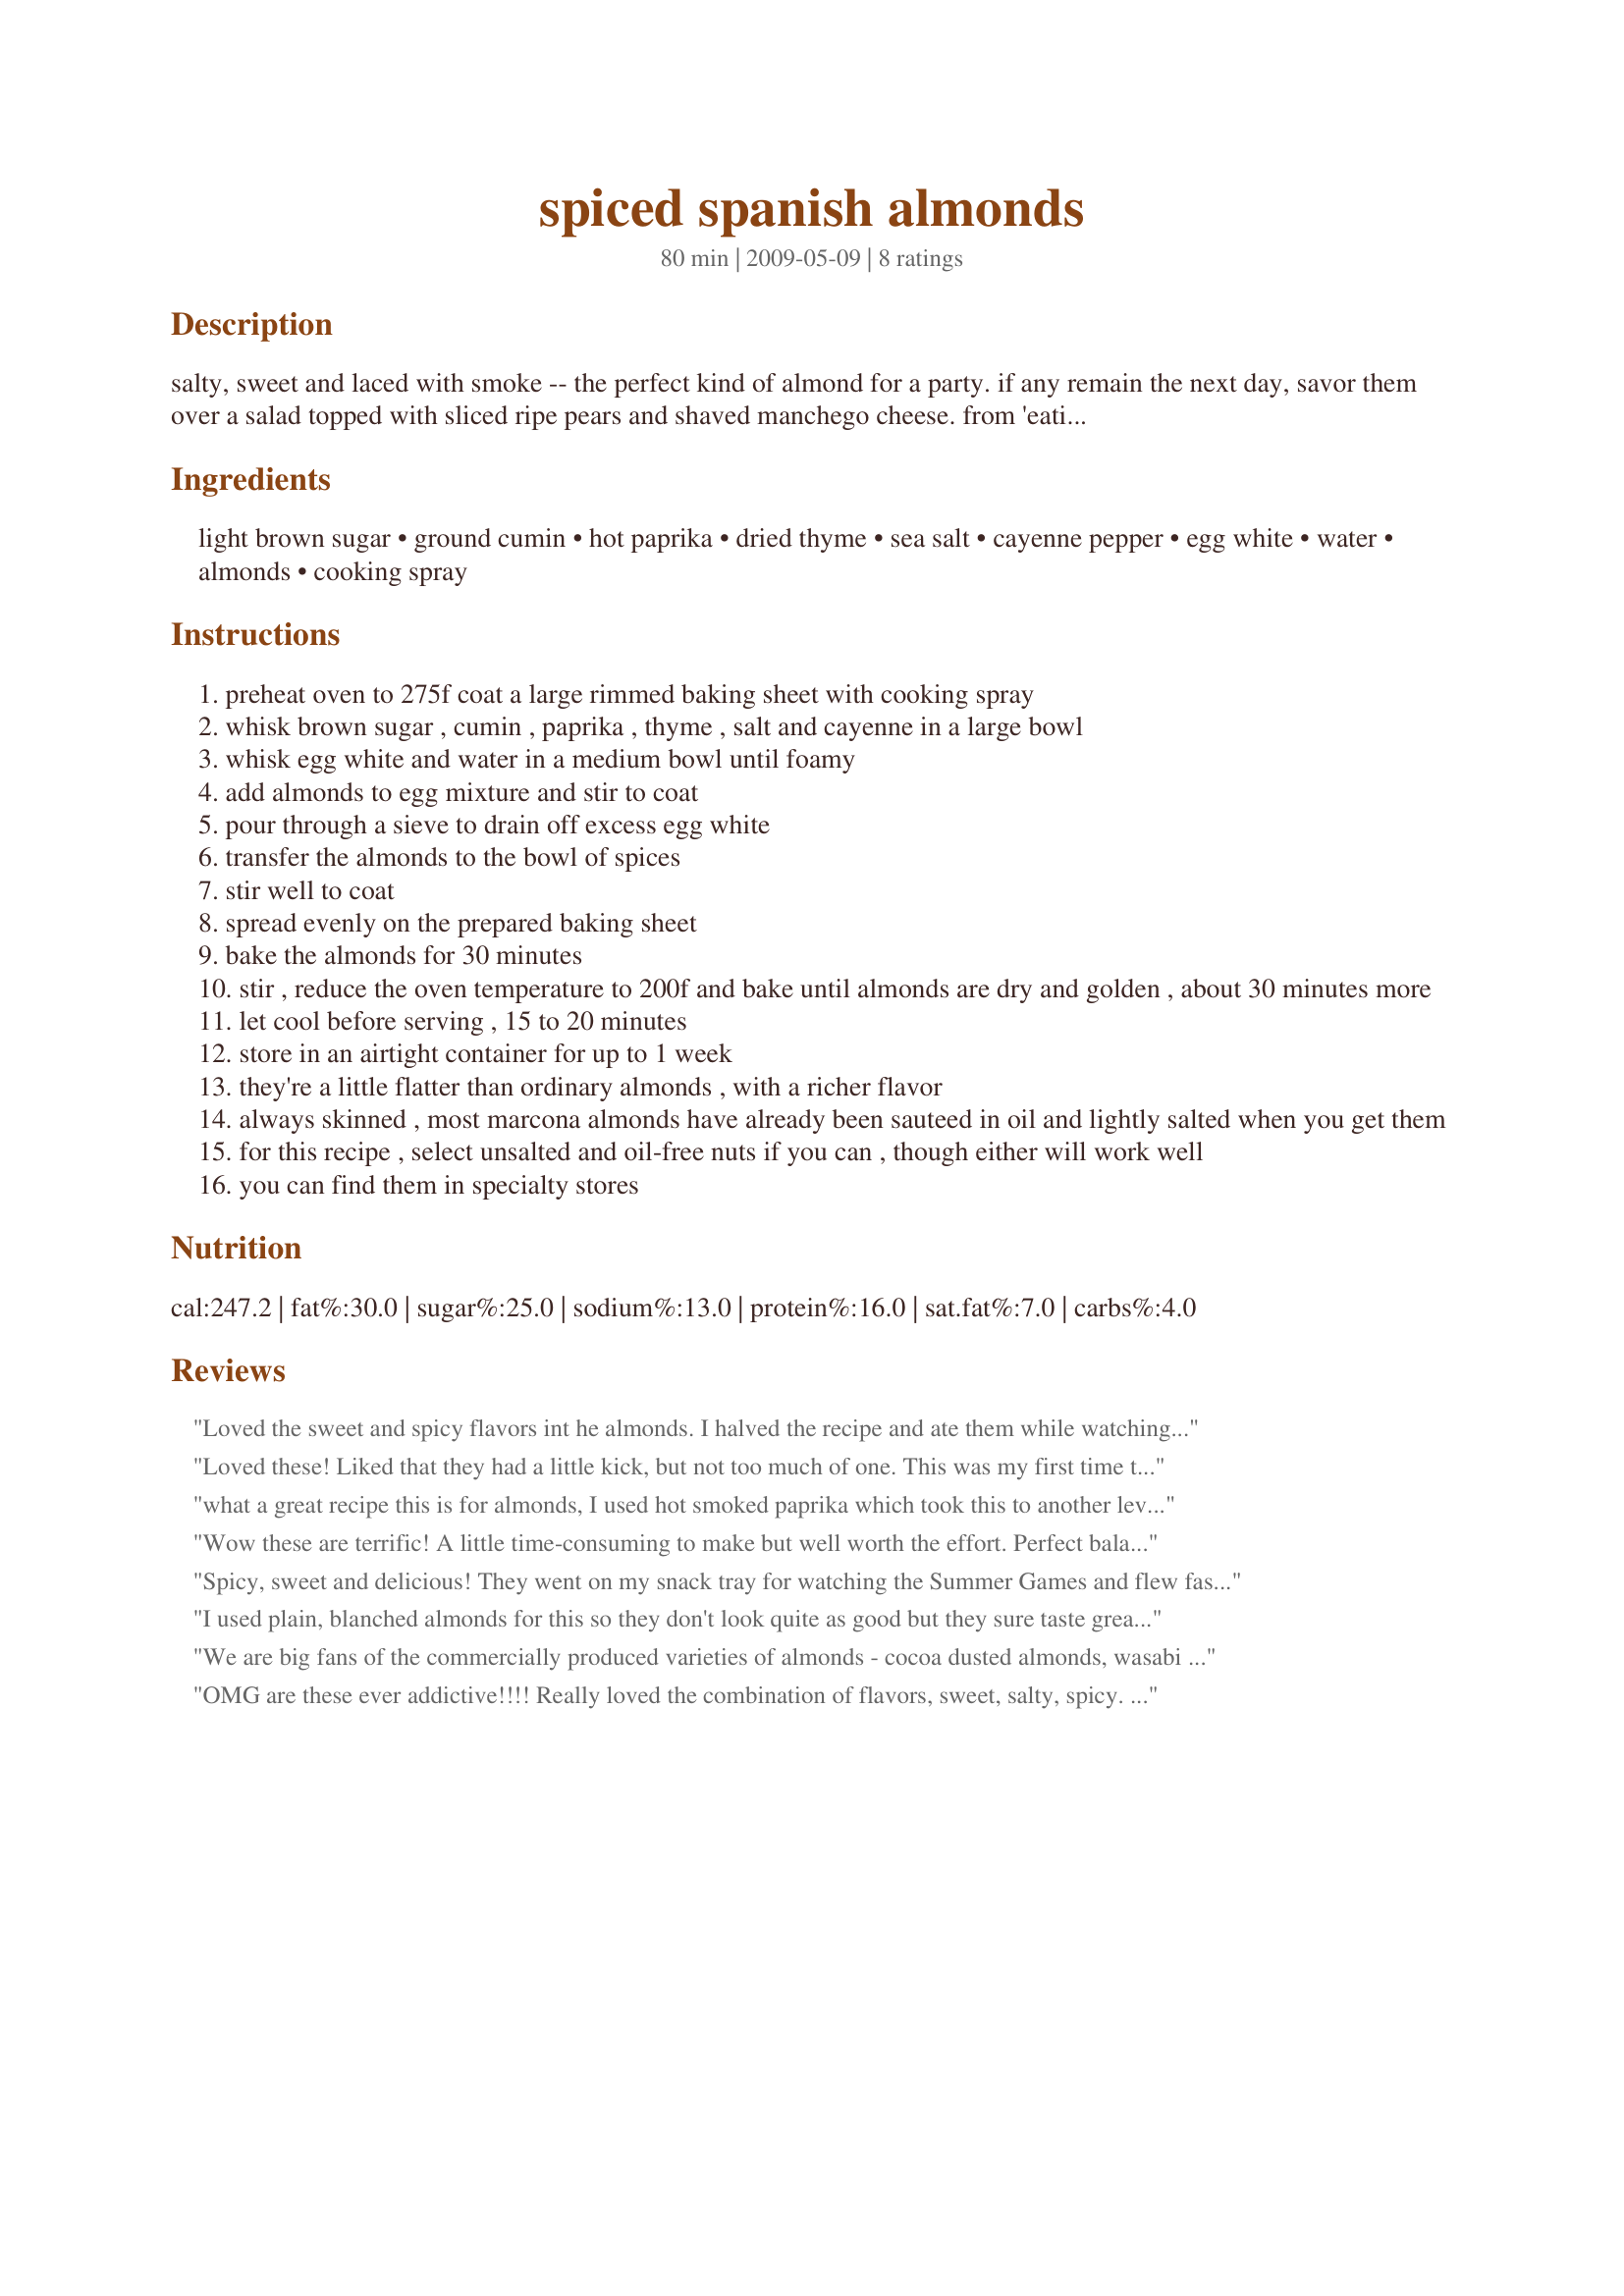
spiced spanish almonds
Preparation time: 80 minutes

salty, sweet and laced with smoke -- the perfect kind of almond for a party. if any remain the next day, savor them over a salad topped with sliced ripe pears and shaved manchego cheese. from 'eatingwell.com' and posted for zwt5. note: cooling time included in prep time.

Ingredients:
light brown sugar, ground cumin, hot paprika, dried thyme, sea salt, cayenne pepper, egg white, water, almonds, cooking spray

Steps:
preheat oven to 275f coat a large rimmed baking sheet with cooking spray
whisk brown sugar , cumin , paprika , thyme , salt and cayenne in a large bowl
whisk egg white and water in a medium bowl until foamy
add almonds to egg mixture and stir to coat
pour through a sieve to drain off excess egg white
transfer the almonds to the bowl of spices
stir well to coat
spread evenly on the prepared baking sheet
bake the almonds for 30 minutes
stir , reduce the oven temperature to 200f and bake until almonds are dry and golden , about 30 minutes more
let cool before serving , 15 to 20 minutes
store in an airtight container for up to 1 week
they're a little flatter than ordinary almonds , with a richer flavor
always skinned , most marcona almonds have already been sauteed in oil and lightly salted when you get them
for this recipe , select unsalted and oil-free nuts if you can , though either will work well
you can find them in specialty stores

Reviews:
Loved the sweet and spicy flavors int he almonds. I halved the recipe and ate them while watching the Olympics. THanks! Made for the Herbaceous Curvaceous Honeys for ZWT Spain-2012.
Loved these! Liked that they had a little kick, but not too much of one. This was my first time trying Marcona almonds, too -- I like them so much better than the garden-variety almonds! I'm pretty sure DH is going to wipe these out pretty darn quick, good thing I snagged some before I left for work, lol. Thanks for posting! Made by a fellow Honey for ZWT8
what a great recipe this is for almonds, I used hot smoked paprika which took this to another level, watch closely these brown quickly, I am going to make these again very soon, warning these are extremely habit-forming! thank for sharing FloridaNative, made for ZWT 5
Wow these are terrific! A little time-consuming to make but well worth the effort. Perfect balance of sweet and spicy and the smoked paprika is a must - wonderful with the other flavors. Loved these - thanks for sharing the recipe!
Spicy, sweet and delicious! They went on my snack tray for watching the Summer Games and flew faster than Ryan Lochte swims!<br/>Can't wait to make some for Christmas gifts. Enjoyed by Herbaceous Honey teammate for ZWT8.
I used plain, blanched almonds for this so they don't look quite as good but they sure taste great! The cumin is the most prevalent flavour in this recipe. These are a great snack and will be gone in no time!! Made for the Best of 2010 tag game. Thanks FloidaNative! :)
We are big fans of the commercially produced varieties of almonds - cocoa dusted almonds, wasabi soy almonds. But they sure can be expensive! This is a great way to make some gourmet almonds of our own at a much better price! I followed the recipe exactly, but next time I won't hesitate to go a little heavy on the spices. They were milder than I expected them to be, but very delicious! Thanks for sharing!
OMG are these ever addictive!!!! Really loved the combination of flavors, sweet, salty, spicy. I also liked that they wasn't any added fats. This is definitely a keeper and I was already asked for the recipe from my DS's girlfriend. Thanks for sharing the recipe. Made for ZWT 8.
